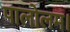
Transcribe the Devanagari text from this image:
पालोलम।